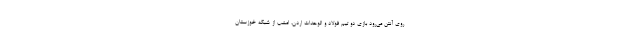
روی آنتن می‌رود بازی دو تیم فولاد و الوحدات اردن، امشب از شبکه خوزستان